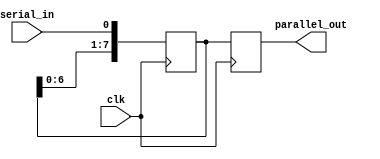
module serial_parallel_register(

input clk,
input serial_in,
output reg [7:0] parallel_out
);

reg [7:0] data_register;
reg [7:0] shift_register;

always @(posedge clk) begin
    // Shift in serial data
    data_register <= {data_register[6:0], serial_in};

    // Parallel output
    parallel_out <= data_register;
end

endmodule